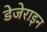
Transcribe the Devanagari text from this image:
डेजेराइन